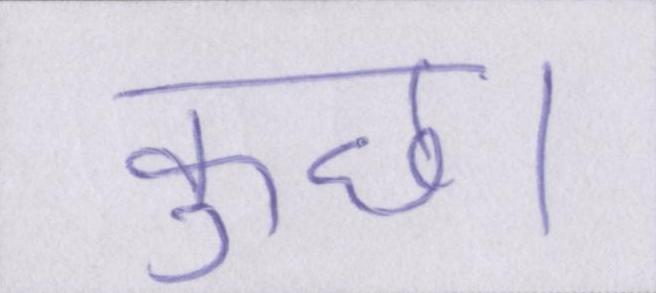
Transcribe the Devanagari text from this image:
कुछ।